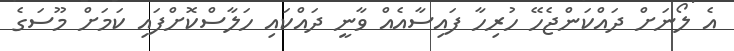
އެ ލޯނަށް ދައްކަންޖެހޭ ހުރިހާ ފައިސާއެއް ވާނީ ދައްކައި ހަލާސްކޮށްފައި ކަމަށް މޫސަގެ